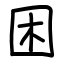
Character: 困